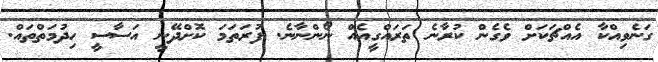
ގަނެވިއްކާ އެއްޗަކަށް ވެގެން ކުރާނެ ތަރައްގީއެއް ނޯންނާނެ. ފުރަތަމަ ކޮށްދޭނީ އަސާސީ ހިދުމަތްތައް.